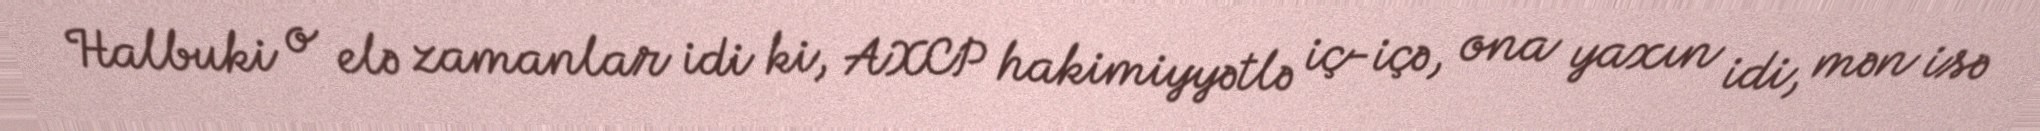
Halbuki o elə zamanlar idi ki, AXCP hakimiyyətlə iç-içə, ona yaxın idi, mən isə